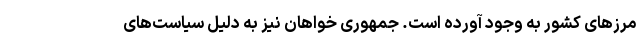
مرز‌های کشور به وجود آورده است. جمهوری خواهان نیز به دلیل سیاست‌های